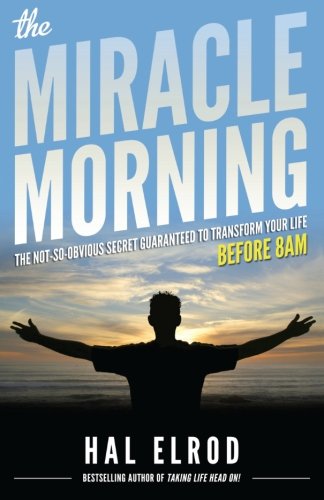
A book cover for The Miracle Morning: The Not-So-Obvious Secret Guaranteed to Transform Your Life (Before 8AM); Hal Elrod; Self-Help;